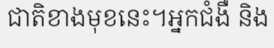
ជាតិខាងមុខនេះ។អ្នកជំងឺ និង